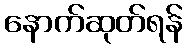
နောက်ဆုတ်ရန်